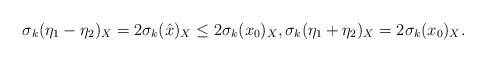
LaTeX: \begin{align*} \sigma_k(\eta_1-\eta_2)_X=2\sigma_k(\hat{x})_X\leq2\sigma_k(x_0)_X , \sigma_k(\eta_1+\eta_2)_X=2\sigma_k(x_0)_X.\end{align*}